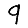
Digit: 9